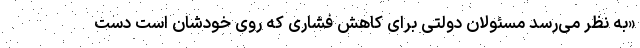
«به نظر می‌رسد مسئولان دولتی برای کاهش فشاری که روی خودشان است دست